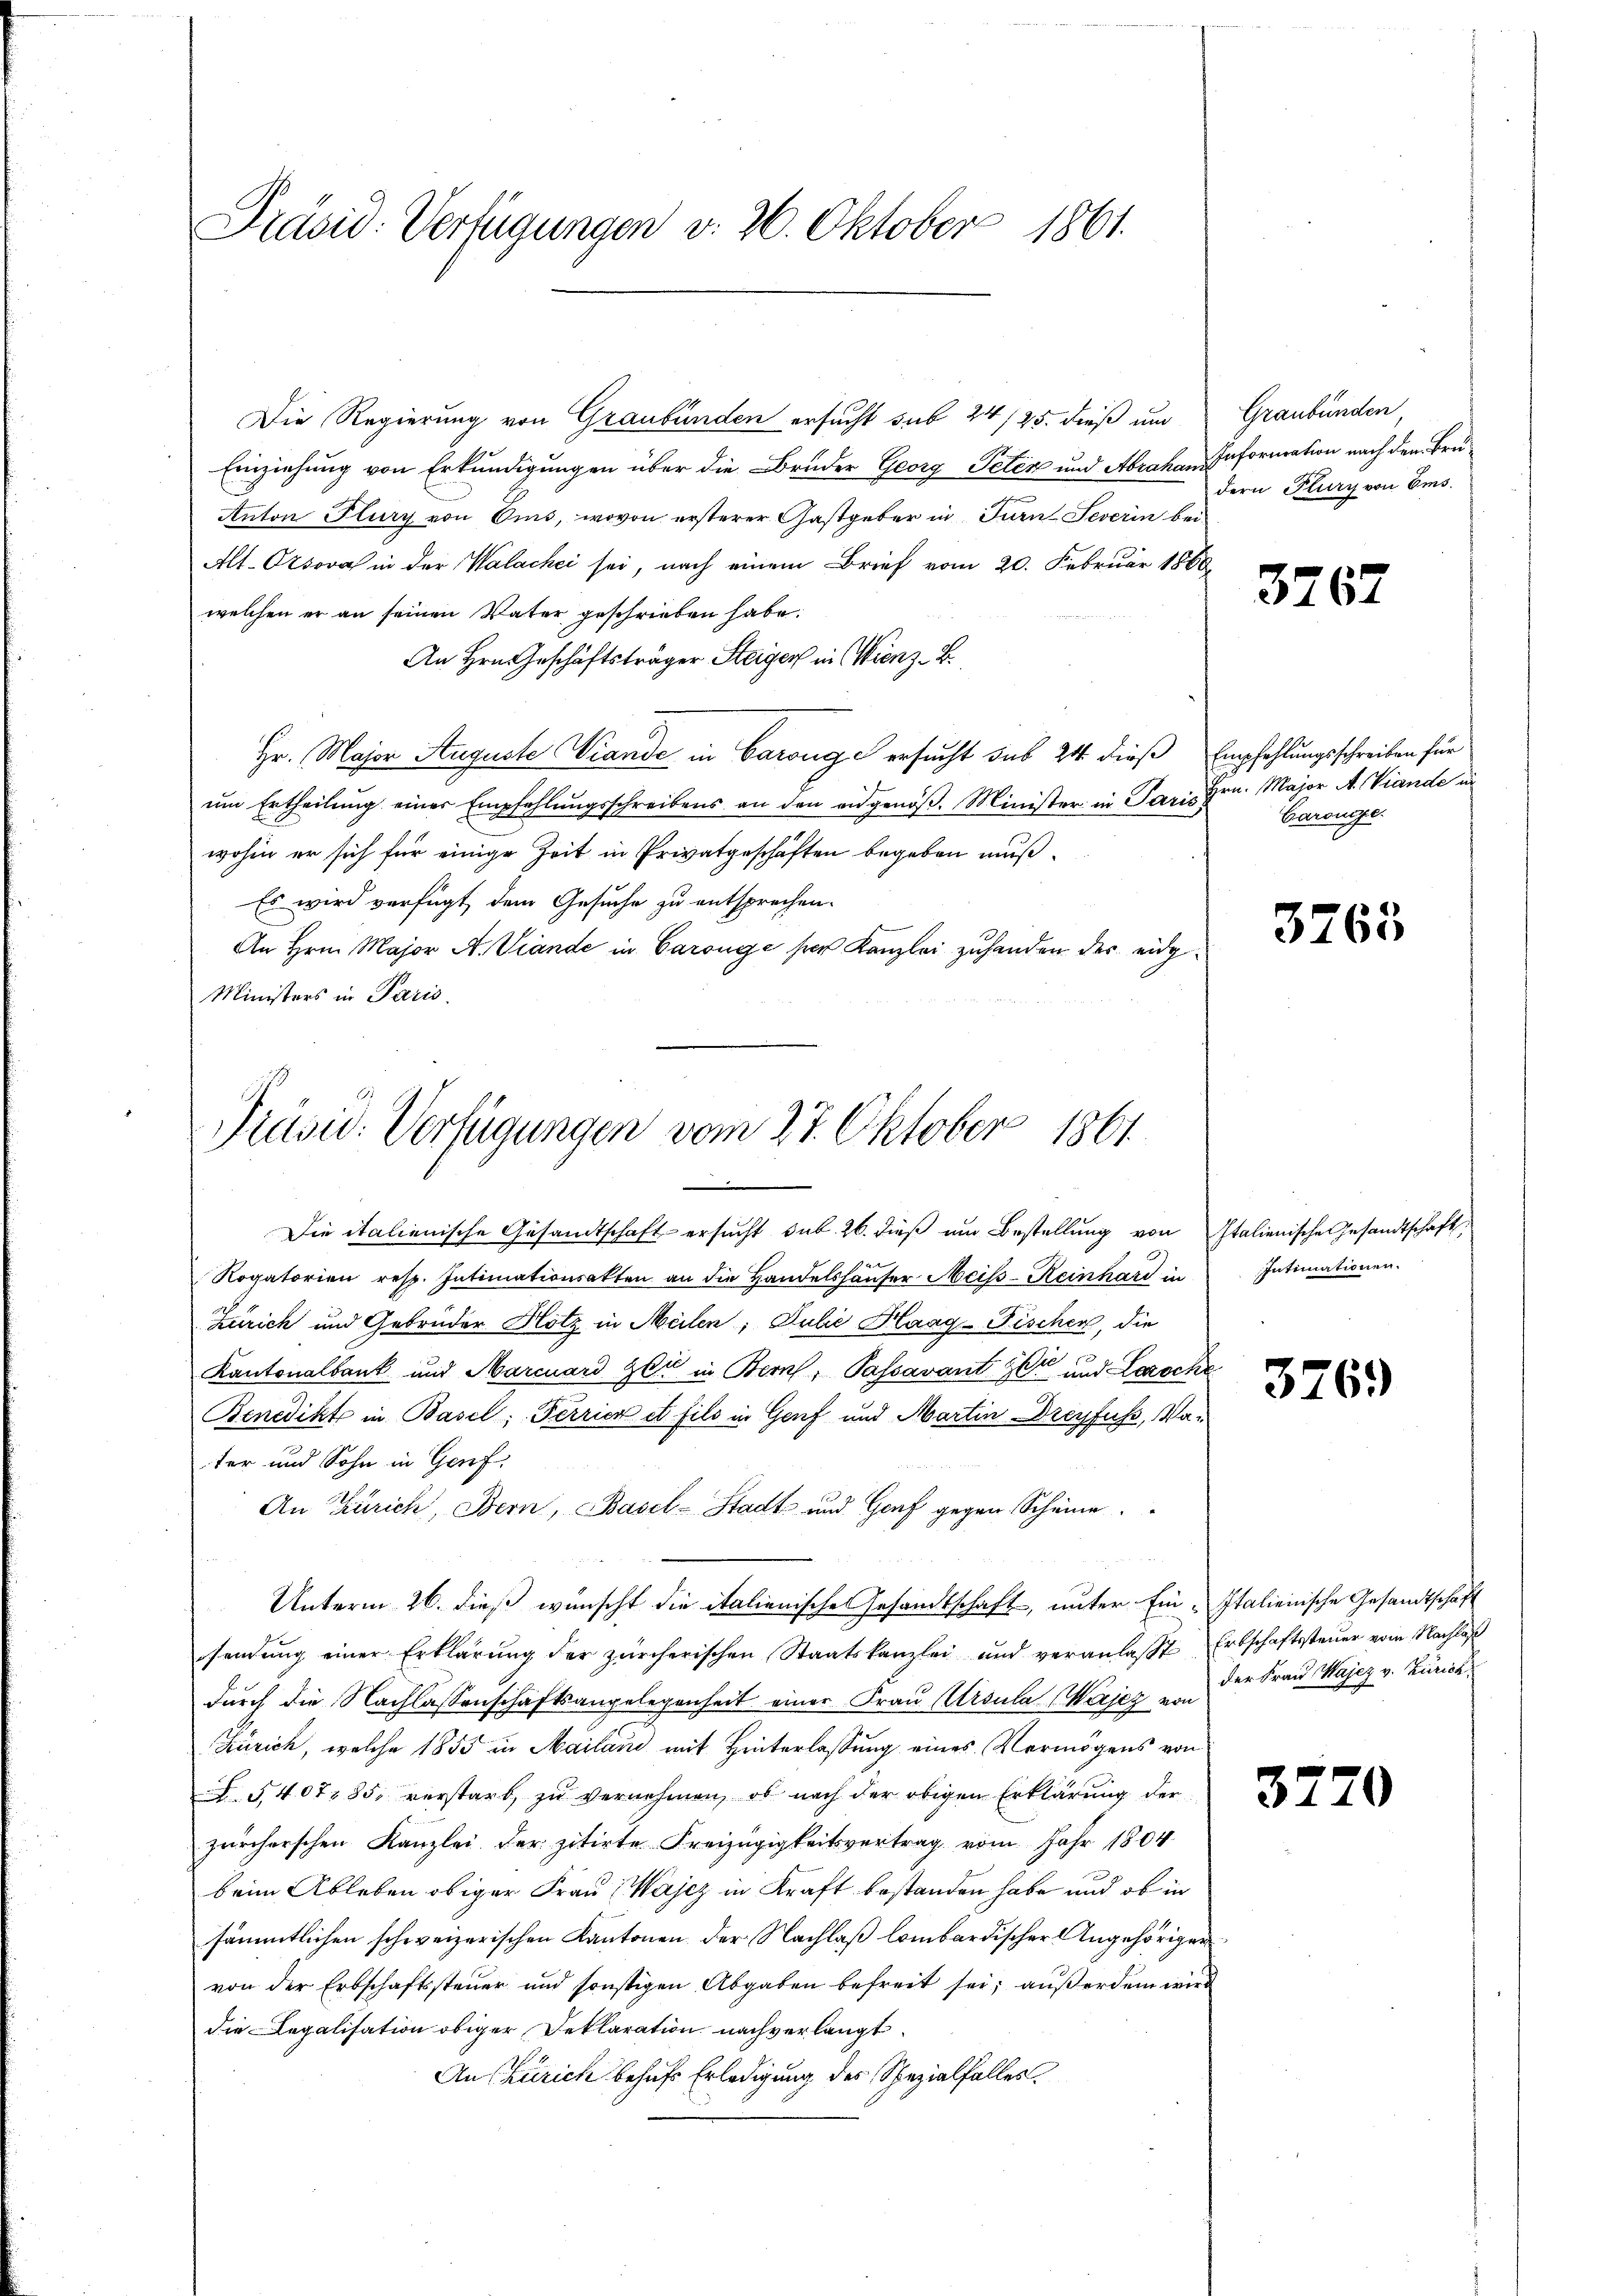
Präsid. Verfügungen v. 26. Oktober 1861.

Die Regierung von Graubünden ersucht sub 24/25. dieß um
Einziehung von Erkundigungen über die Bruder Georg Peten und Abraham Information nach den Bru¬
.
Anton Flury von Ams, wovon ersterer Gastgeber in Turn-Severin bei
Alt-Ordova in der Walachei sei, nach einem Brief vom 20. Februar 1860
welchen er an seinen Vater geschrieben habe.
An Hrn. Geschäftsträger Steiger in Wienz- B.
Hr. Major Auguste Viande in Baronge ersucht sub 24 dieß Empfehlungsschreiben für
ŭm Ertheilŭng einer Empfehlŭngsschreibens an den angenöβ. Minister in Paris
wohin er sich für einige Zeit in Privatgeschäften begeben muß¬
Es wird verfügt dem Gesuche zu entsprechen.
An Hrn. Major A. Viande in Caronge ser Kanzlei zuhanden der eidg¬
Ministers in Paris.
Die italienische Gesandtschaft ersucht sub. 26. dieß um Bestellung von Italienische Gesandtschaft
Rogatorien resp. Intimationsakten an die Handelshäuser Meiss-Reinhard in
Zürich und Gebrüder Hotz in Meilen; Julie Flaag-Fischer, die
Kantonalbank und Marcuard Zer in Bern, Passavant zur und Lezoche
Benedikte in Basel, Ferrier et fils in Genf und Martin Dreyfuss, Vater und Sohn in Genf,
An Zürich, Bern, Basel-Stadt und Graf gegen Scheine
Unterm 26. dieß wünscht die italienische Gesandtschaft, unter Ein-Italienische Gesandtschaft
sendung einer Erklärung der zürcherischen Staatskanzlei und veranlaßt Erbschaftssteuer vom Nachlaß
durch die Nachlassenschaftsangelegenheit einer Frau Ursula (Wajez von
Zürich, welche 1855 in Mailand mit Hinterlassung eines Vermögens von
L. §. 407. 85, verstarb, zu vernehmen, ob nach der obigen Erklärung der
zürcherschen Kanzlei der zitirte Freizügigkeitsvertrag vom Jahr 1804.
beim Ableben obiger Frau Wajcz in Kraft bestanden habe und ob in
sämmtlichen schweizerischen Kantonen der Nachlaß lombardischer Angehöriger
von der Erbschaftssteuer und sonstigen Abgaben befreit sei; außerdem wird
die Legalisation obiger Deklaration nachverlangt.
An Zürich behufs Erledigung des Spezialfalles.

Präsid. Verfügungen vom 27. Oktober 1861.
e

Graubünden
dern Flury von Ems.

3767

Hrn. Major A. Viande un
Garouge.

3765

Intimationen.

3769

der Frau Wajez v. Zürich

3770